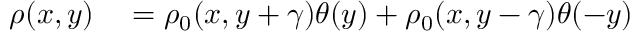
\begin{array} { r l } { \rho ( x , y ) } & { { } = \rho _ { 0 } ( x , y + \gamma ) \theta ( y ) + \rho _ { 0 } ( x , y - \gamma ) \theta ( - y ) } \end{array}